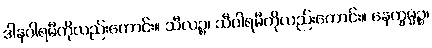
ဒါနပါရမီကိုလည်းကောင်း။ သီလဉ္စ၊ သီပါရမီကိုလည်းကောင်း။ နေက္ခမ္မဉ္စ၊